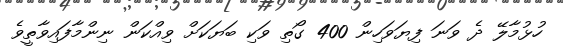
ހުޅުމާލޭ ދެ ވަނަ ފިޔަވަހިން 400 ގޯތި ވަކި ބަޔަކަށް ވިއްކަން ނިންމާފައިވާތީވެ